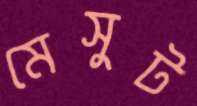
মেসুট